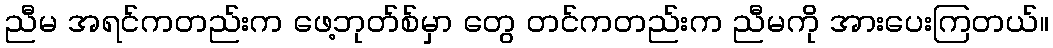
ညီမ အရင်ကတည်းက ဖေ့ဘုတ်စ်မှာ တွေ တင်ကတည်းက ညီမကို အားပေးကြတယ်။